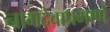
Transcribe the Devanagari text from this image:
नामदेवाप्रमाणे